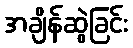
အချိန်ဆွဲခြင်း